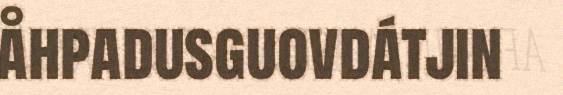
åhpadusguovdátjin